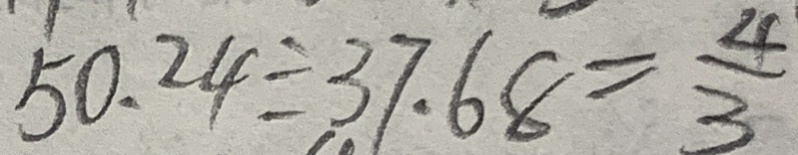
5 0 . 2 4 \div 3 7 . 6 8 = \frac { 4 } { 3 }